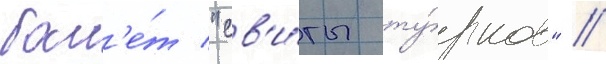
бал'е́т "св'и́ты ту́рков" //